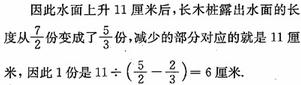
因此水面上升11厘米后，长木桩露出水面的长度从$\frac{7}{2}$份变成了$\frac{5}{3}$份，减少的部分对应的就是11厘米，因此1份是$11\div(\frac{5}{2}-\frac{5}{3}) = 6$厘米.